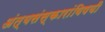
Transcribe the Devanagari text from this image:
अंत्यसंस्कारांविषयी